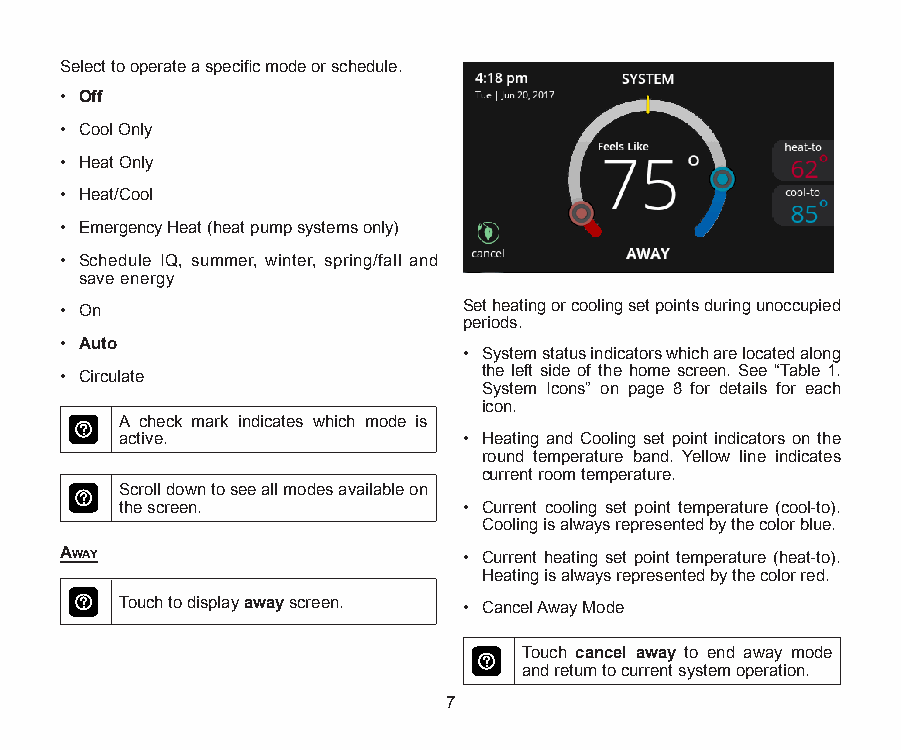
Select to operate a specific mode or schedule.
 • Off
 • Cool Only
 • Heat Only
 • Heat/Cool
 • Emergency Heat (heat pump systems only)
 • Schedule IQ, summer, winter, spring/fall and
 save energy
 • On                       Set heating or cooling set points during unoccupied
 periods.
 • Auto
 • System status indicators which are located along
 • Circulate                 the left side of the home screen. See “Table 1.
 System Icons” on page 8 for details for each
 icon.
 A check mark indicates which mode is
 active.                • Heating and Cooling set point indicators on the
 round temperature band. Yellow line indicates
 current room temperature.
 Scroll down to see all modes available on
 the screen.            • Current cooling set point temperature (cool-to).
 Cooling is always represented by the color blue.
 AwAy                       • Current heating set point temperature (heat-to).
 Heating is always represented by the color red.
 Touch to display away screen. • Cancel Away Mode
 Touch cancel away to end away mode
 and return to current system operation.
 7